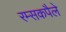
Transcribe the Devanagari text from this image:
रम्सकपैले